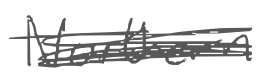
Text: Northern
Cross-out: scratch
Writing tool: digital_gray